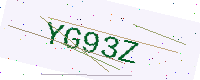
Text: YG93Z